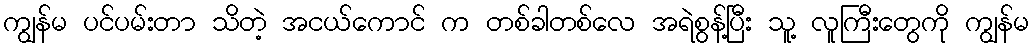
ကျွန်မ ပင်ပမ်းတာ သိတဲ့ အငယ်ကောင် က တစ်ခါတစ်လေ အရဲစွန့်ပြီး သူ့ လူကြီးတွေကို ကျွန်မ